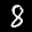
Label: 8